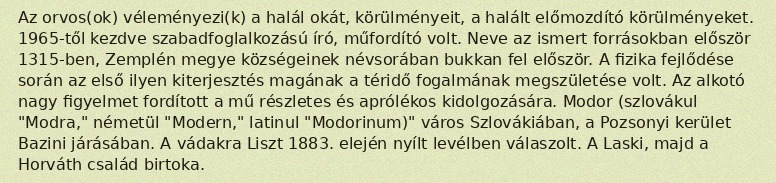
Az orvos(ok) véleményezi(k) a halál okát, körülményeit, a halált előmozdító körülményeket. 1965-től kezdve szabadfoglalkozású író, műfordító volt. Neve az ismert forrásokban először 1315-ben, Zemplén megye községeinek névsorában bukkan fel először. A fizika fejlődése során az első ilyen kiterjesztés magának a téridő fogalmának megszületése volt. Az alkotó nagy figyelmet fordított a mű részletes és aprólékos kidolgozására. Modor (szlovákul "Modra," németül "Modern," latinul "Modorinum)" város Szlovákiában, a Pozsonyi kerület Bazini járásában. A vádakra Liszt 1883. elején nyílt levélben válaszolt. A Laski, majd a Horváth család birtoka.